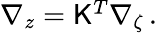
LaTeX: \begin{array}{r}{\nabla_{z}=\mathsf{K}^{T}\nabla_{\zeta}\, .}\end{array}